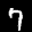
Label: 7